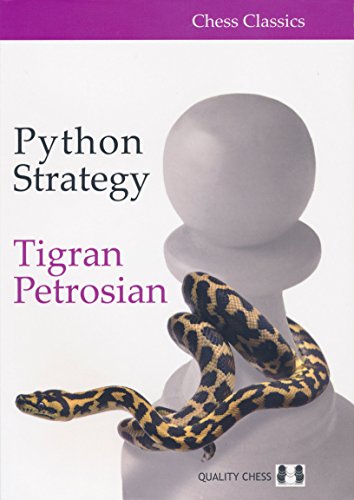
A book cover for Python Strategy (Chess Classics); Tigran Petrosian; Humor & Entertainment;